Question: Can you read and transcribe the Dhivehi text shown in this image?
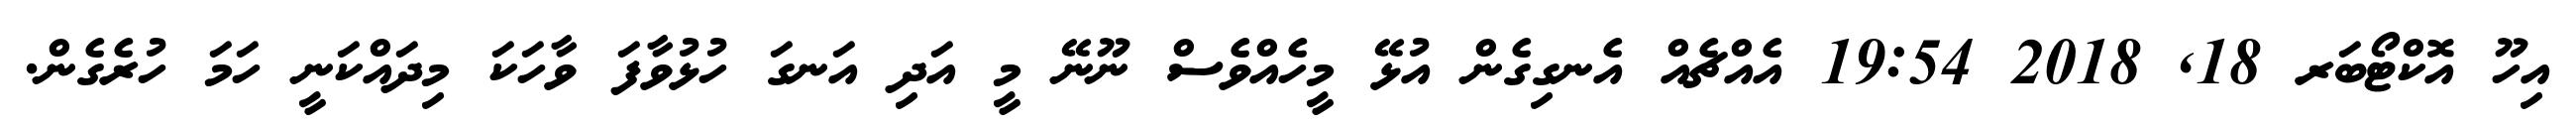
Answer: އިހޫ އޮކްޓޯބަރ 18, 2018 19:54 އެއްޗެއް އެނގިގެން އުޅޭ މީހެއްވެސް ނޫނޭ މީ އަދި އަނގަ ހުޅުވާފަ ވާހަކަ މިދައްކަނީ ހަމަ ހުރެގެން.